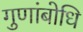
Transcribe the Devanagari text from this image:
गुणांबोधि